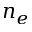
n _ { e }